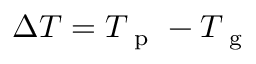
\Delta T = T _ { \mathrm { ~ p ~ } } - T _ { \mathrm { ~ g ~ } }